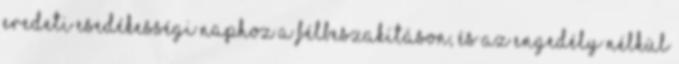
eredeti esedékességi naphoz a félbeszakításon, és az engedély nélkül